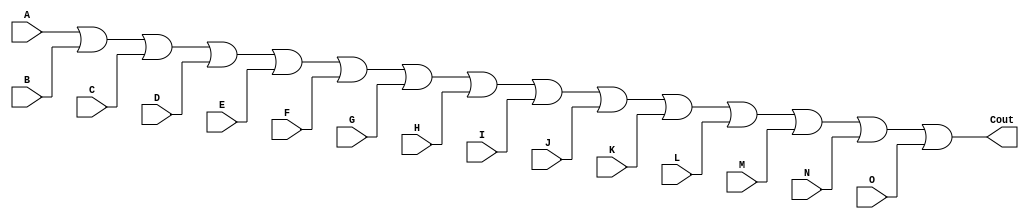

module OR15(input A,B,C,D,E,F,G,H,I,J,K,L,M,N,O, output Cout);

assign Cout = A|B|C|D|E|F|G|H|I|J|K|L|M|N|O; 

endmodule